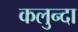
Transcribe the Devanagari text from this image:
कलुन्दा